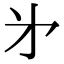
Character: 㐧